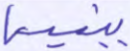
ببنيه